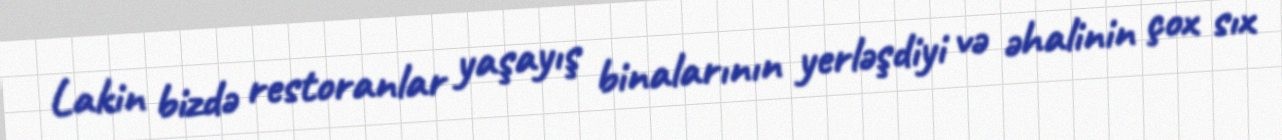
Lakin bizdə restoranlar yaşayış binalarının yerləşdiyi və əhalinin çox sıx